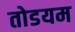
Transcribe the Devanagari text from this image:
तोडयम